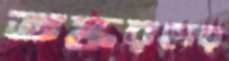
তস্করদের